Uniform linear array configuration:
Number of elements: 48
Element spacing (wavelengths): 1
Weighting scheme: exponential
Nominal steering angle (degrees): -30
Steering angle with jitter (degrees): -30.117
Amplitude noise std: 0.05
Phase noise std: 0.05

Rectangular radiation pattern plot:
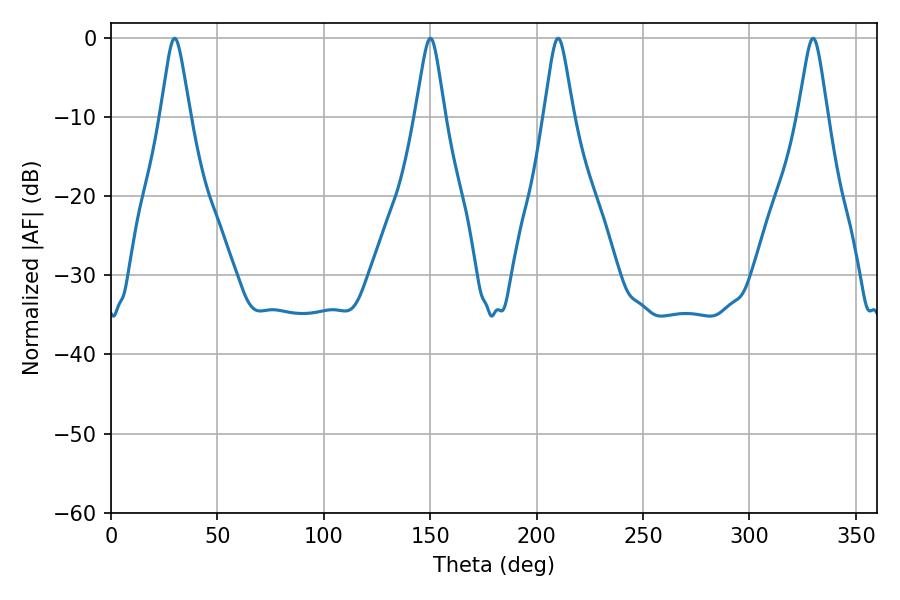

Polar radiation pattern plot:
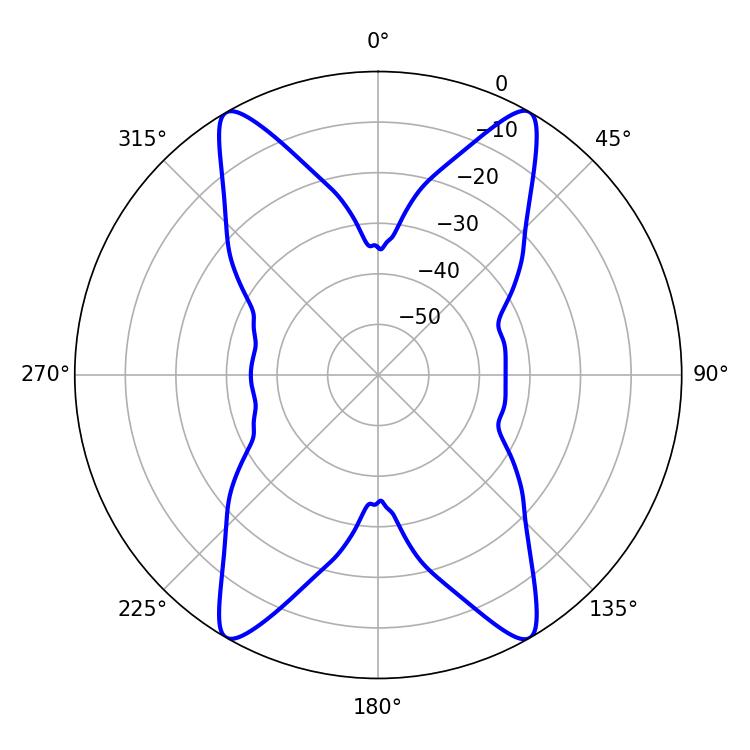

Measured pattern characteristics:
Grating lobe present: TRUE
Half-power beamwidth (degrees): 6.66
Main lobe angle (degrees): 210.06